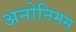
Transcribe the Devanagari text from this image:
अनोनिमस